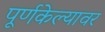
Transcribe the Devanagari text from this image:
पूर्णकेल्यावर